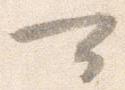
可